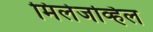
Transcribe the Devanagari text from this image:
मिलेजव्हिल